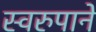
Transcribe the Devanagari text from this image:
स्वरुपाने